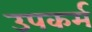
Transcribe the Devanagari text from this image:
उपकर्म